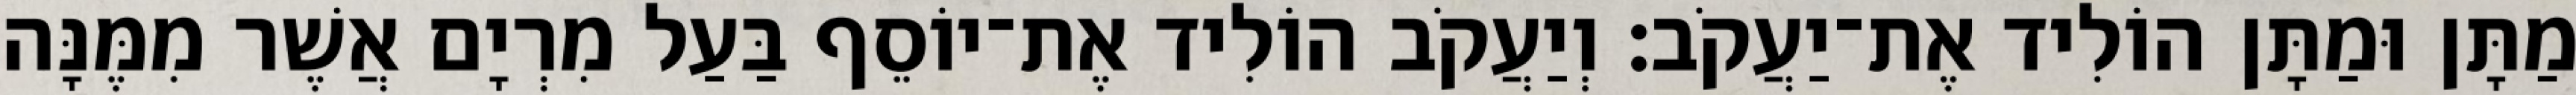
מַתָּן וּמַתָּן הוֹלִיד אֶת־יַעֲקֹב׃ וְיַעֲקֹב הוֹלִיד אֶת־יוֹסֵף בַּעַל מִרְיָם אֲשֶׁר מִמֶּנָּה